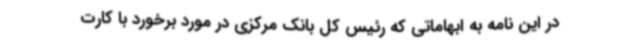
در این نامه به ابهاماتی که رئیس کل بانک مرکزی در مورد برخورد با کارت